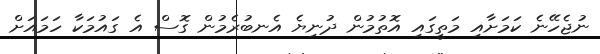
ނުޖެހޭނެ ކަމަށާއި މަތީގައި އޮތުމުން ދުނިޔެ އެނބުރެމުން ގޮސް އެ ގައުމަކާ ހަމައަށް